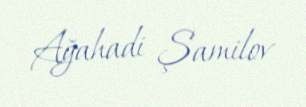
Ağahadi Şamilov